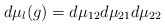
\begin{align*}d\mu_l (g) = d\mu_{12} d\mu_{21} d\mu_{22}\end{align*}